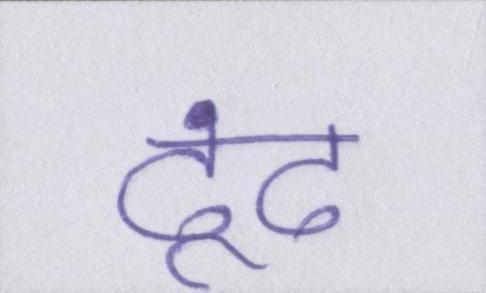
ढूंढ